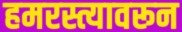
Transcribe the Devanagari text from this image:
हमरस्त्यावरून